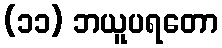
(၁၁) ဘယူပရတော